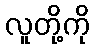
လူတို့ကို